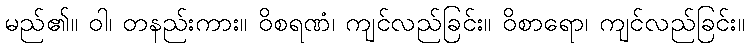
မည်၏။ ဝါ၊ တနည်းကား။ ဝိစရဏံ၊ ကျင်လည်ခြင်း။ ဝိစာရော၊ ကျင်လည်ခြင်း။